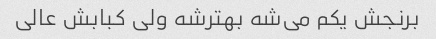
برنجش یکم می‌شه بهترشه ولی کبابش عالی